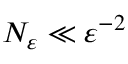
N _ { \varepsilon } \ll \varepsilon ^ { - 2 }